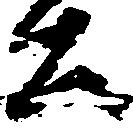
公